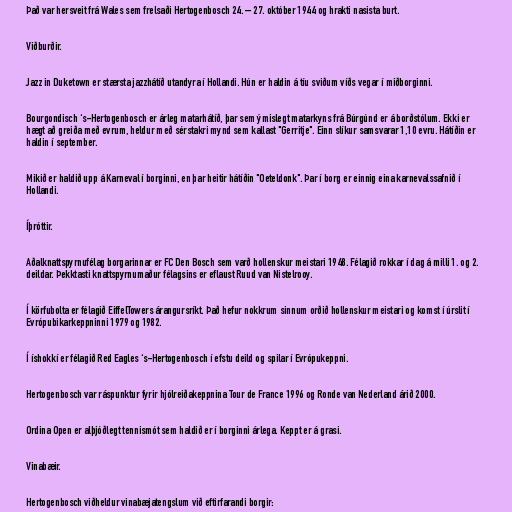
Það var hersveit frá Wales sem frelsaði Hertogenbosch 24. – 27. október 1944 og hrakti nasista burt.

Viðburðir.

Jazz in Duketown er stærsta jazzhátíð utandyra í Hollandi. Hún er haldin á tíu sviðum víðs vegar í miðborginni.

Bourgondisch ‘s-Hertogenbosch er árleg matarhátíð, þar sem ýmislegt matarkyns frá Búrgúnd er á borðstólum. Ekki er
hægt að greiða með evrum, heldur með sérstakri mynd sem kallast "Gerritje". Einn slíkur samsvarar 1,10 evru. Hátíðin er
haldin í september.

Mikið er haldið upp á Karneval í borginni, en þar heitir hátíðin "Oeteldonk". Þar í borg er einnig eina karnevalssafnið í
Hollandi.

Íþróttir.

Aðalknattspyrnufélag borgarinnar er FC Den Bosch sem varð hollenskur meistari 1948. Félagið rokkar í dag á milli 1. og 2.
deildar. Þekktasti knattspyrnumaður félagsins er eflaust Ruud van Nistelrooy.

Í körfubolta er félagið EiffelTowers árangursríkt. Það hefur nokkrum sinnum orðið hollenskur meistari og komst í úrslit í
Evrópubikarkeppninni 1979 og 1982.

Í íshokkí er félagið Red Eagles ‘s-Hertogenbosch í efstu deild og spilar í Evrópukeppni.

Hertogenbosch var ráspunktur fyrir hjólreiðakeppnina Tour de France 1996 og Ronde van Nederland árið 2000.

Ordina Open er alþjóðlegt tennismót sem haldið er í borginni árlega. Keppt er á grasi.

Vinabæir.

Hertogenbosch viðheldur vinabæjatengslum við eftirfarandi borgir: